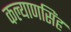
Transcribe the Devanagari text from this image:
कल्‍याणसिंह